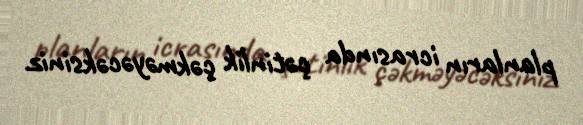
planların icrasında çətinlik çəkməyəcəksiniz.